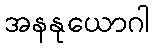
အနနုယောဂါ